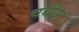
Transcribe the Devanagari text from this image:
चबीस